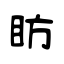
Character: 眆